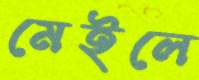
মেইলে